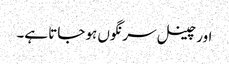
اور چینل سرنگوں ہو جاتا ہے۔